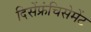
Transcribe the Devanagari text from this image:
दिसेंफ्रंचिसेमेंट